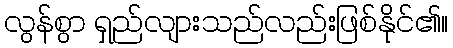
လွန်စွာ ရှည်လျားသည်လည်းဖြစ်နိုင်၏။